Medical and sanitary report of the native army of Bengal for the year
Year: 1877
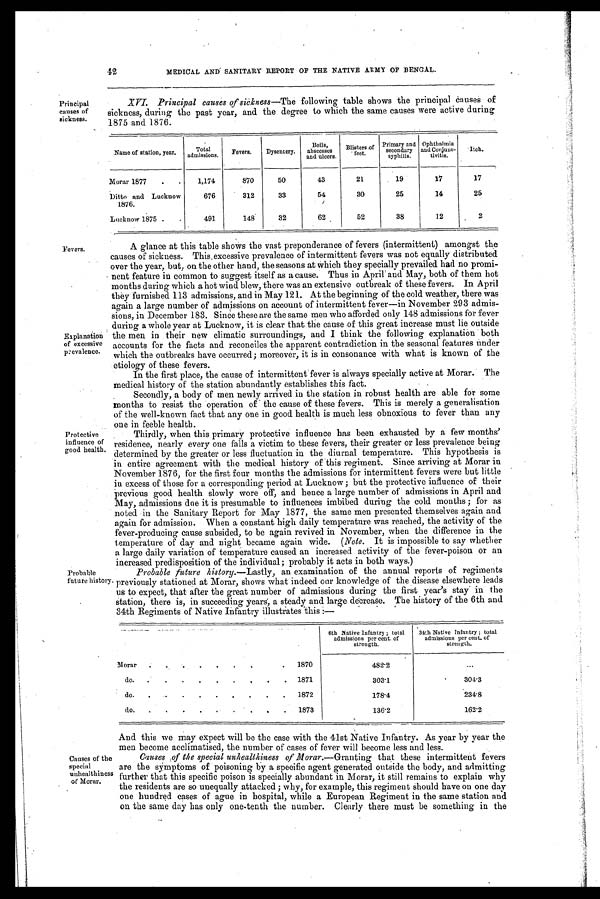
42
MEDICAL AND SANITARY REPORT OF THE NATIVE ARMY OF BENGAL.
Principal
causes of
sickness.
XVI. Principal causes of sickness —The following table shows the principal Causes of
sickness, during the past year, and the degree to which the same causes were active during
1875 and 1876.
Name of station, year.
Total
admissions. Fevers.
Dysentery.
Boils, a b s c e s s e s
a n d u l c e r s .
Bl
isters o f
feet.
Primary and secondary
syphilis.
Ophthalmia
and Conjunc-
tivitis.
Itch.
Morar 1877
.
.
1,174
870
50
43
21
19
17
17
Ditto and Lucknow
1876.
676
312
33
54
30
25
14
25
Lucknow 1875 .
.
491
148
32
62
52
38
12
2
Fevers.
Explanation
of excessive
prevalence.
Protective
influence of
good health.
Probable
future history
A glance at this table shows the vast preponderance of fevers (intermittent) amongst the
causes of sickness. This,excessive prevalence of intermittent fevers was not equally distributed
over the year, but, on the other hand, the seasons at which they specially prevailed had no promi-
nent feature in common to suggest itself as a cause. Thus in April' and May, both of them hot
months during which a hot wind blew, there was an extensive outbreak of these fevers. In April
they furnished 113 admissions, and in May 121. At the beginning of the cold weather, there was
again a large number of admissions on account of intermittent fever—in November 293 admis-
sions, in December 183. Since these are the same men who afforded only 148 admissions for fever
during a whole year at Lucknow, it is clear that the cause .of this great increase must lie outside
the men in their new climatic surroundings, and I think the following explanation both
accounts for the facts and reconciles the apparent contradiction in the seasonal features under
which the outbreaks have occurred; moreover, it is in consonance with what is known of the
etiology of these fevers.
In the first place, the cause of intermittent fever is always specially active at Morar. The
medical history of the station abundantly establishes this fact.
Secondly, a body of men newly arrived in the station in robust health are able for some
months to resist the operation of the cause of these fevers. This is merely a generalisation
of the well-known fact that any one in good health is much less obnoxious to fever than any
one in feeble health.
Thirdly, when this primary protective influence has been exhausted by a few months'
residence, nearly every one falls a victim to these fevers, their greater or less prevalence being
determined by the greater or less fluctuation in the diurnal temperature. This hypothesis is
in entire agreement with the medical history of this regiment. Since arriving at Morar in
November 1876, for the first four months the admissions for intermittent fevers were but little
in excess of those for a corresponding period at Lucknow ; but the protective influence of their
previous good health slowly wore off, and hence a large number of admissions in April and
May, admissions due it is presumable to influences imbibed during the cold months ; for as
noted in the Sanitary Report for May 1877, the same men presented themselves again and
again for admission. When a constant high daily temperature was reached, the activity of the
fever-producing cause subsided, to be again revived in November, when the difference in the
temperature of day and night became again wide. ( Note. It is impossible to say whether
a large daily variation of temperature caused an increased activity of the fever-poison or an
increased predisposition of the individual; probably it acts in both ways.)
Probable future history. —Lastly, an examination of the annual reports of regiments
previously stationed at Morar, shows what indeed our knowledge of the disease elsewhere leads
us to expect, that after the great number of admissions during the first year's stay" in the
Station, there is, in succeeding years, a steady and large decrease. The history of the 6th and
34th Regiments of Native Infantry illustrates this:—
6th Native Infantry ; t o t a l
admissions per cent. of
strength.
34th Native Infantry ; total
admissions per cent. of
strength.
Morar .
.
. .
.
.
.
.
. 1870
482.2
...
do.
.
.
. .
.
.
.
.
. 1871
303.1
304.3
do.
.
.
.
.
.
.
.
.
. 1872
178.4
2 3 4 . 8
do.
.
.
.
.
. . .
.
. 1873
136.2
162.2
Causes of the
special
unhealthiness
of Morar.
And this we may expect will be the case with the 41st Native Infantry. As year by year the
men become acclimatised, the number of cases of fever will become less and less.
Causes ,of the special unhealthiness of Morar .—Granting that these intermittent fevers
are the symptoms of poisoning by a specific agent generated outside the body, and admitting
further that this specific poison is specially abundant in Morar, it still remains to explain why
the residents are so unequally attacked ; why, for example, this regiment should have on one day
one hundred cases of ague in hospital, while a European Regiment in the same station and
on the same day has only one-tenth the number. Clearly there must be something in the